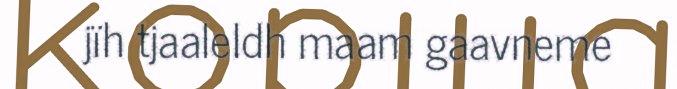
jïh tjaaleldh maam gaavneme